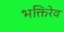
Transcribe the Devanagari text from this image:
भक्तिरेव